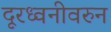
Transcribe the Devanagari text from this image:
दूरध्वनीवरुन